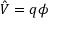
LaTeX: { \hat { V } } = q \phi